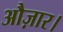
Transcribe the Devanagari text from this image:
औज़ार।